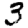
Digit: 3